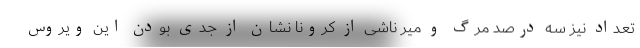
تعداد نیز سه درصد مرگ و میر ناشی از کرونا نشان از جدی بودن این ویروس